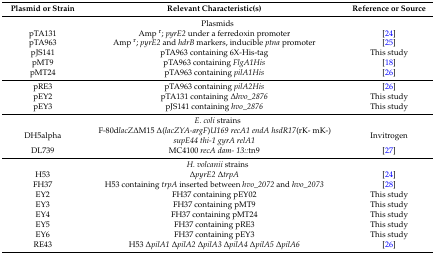
| Plasmid or Strain | Relevant Characteristic(s) | Reference or Source |
 | --- | --- | --- |
 | <COLSPAN=3> Plasmids |
 | pTA131 | Amp r; pyrE2 under a ferredoxin promoter | [24] |
 | pTA963 | Amp r; pyrE2 and hdrB markers, inducible ptna promoter | [25] |
 | pJS141 | pTA963 containing 6X-His-tag | This study |
 | pMT9 | pTA963 containing FlgA1His | [18] |
 | pMT24 | pTA963 containing pilA1His | [26] |
 | pRE3 | pTA963 containing pilA2His | [26] |
 | pEY2 | pTA131 containing Δhvo_2876 | This study |
 | pEY3 | pJS141 containing hvo_2876 | This study |
 | <COLSPAN=3> E. coli strains |
 | DH5alpha | F-80dlacZΔM15 Δ(lacZYA-argF)U169 recA1 endA hsdR17(rK- mK-) supE44 thi-1 gyrA relA1 | Invitrogen |
 | DL739 | MC4100 recA dam- 13::tn9 | [27] |
 | <COLSPAN=3> H. volcanii strains |
 | H53 | ΔpyrE2 ΔtrpA | [24] |
 | FH37 | H53 containing trpA inserted between hvo_2072 and hvo_2073 | [28] |
 | EY2 | FH37 containing pEY02 | This study |
 | EY3 | FH37 containing pMT9 | This study |
 | EY4 | FH37 containing pMT24 | This study |
 | EY5 | FH37 containing pRE3 | This study |
 | EY6 | FH37 containing pEY3 | This study |
 | RE43 | H53 ΔpilA1 ΔpilA2 ΔpilA3 ΔpilA4 ΔpilA5 ΔpilA6 | [26] |